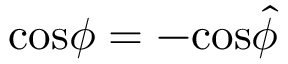
\mathrm { c o s } \phi = - \mathrm { c o s } \hat { \phi }